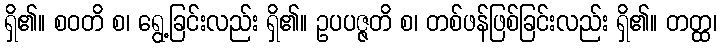
ရှိ၏။ စဝတိ စ၊ ရွေ့ခြင်းလည်း ရှိ၏။ ဥပပဇ္ဇတိ စ၊ တစ်ဖန်ဖြစ်ခြင်းလည်း ရှိ၏။ တတ္ထ၊